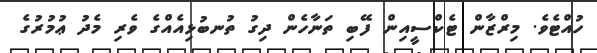
ހުއްޓެވެ. މިރްޒާން ޓެކްސީއިން ފޭބި ތަނާހެން ދިގު ތުނބުޅިއެއްގެ ވެރި މެދު ޢުމުރުގެ